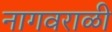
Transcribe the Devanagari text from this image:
नागवराळी